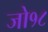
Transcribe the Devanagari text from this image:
जो१८